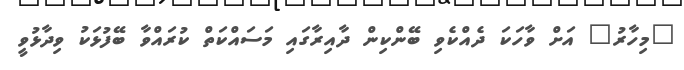
"މިހާރު" އަށް ވާހަކަ ދެއްކެވި ބޭންކިން ދާއިރާގައި މަސައްކަތް ކުރައްވާ ބޭފުޅަކު ވިދާޅުވީ